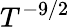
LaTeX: T^{-9/2}